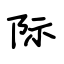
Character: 际